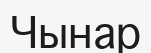
Чынар